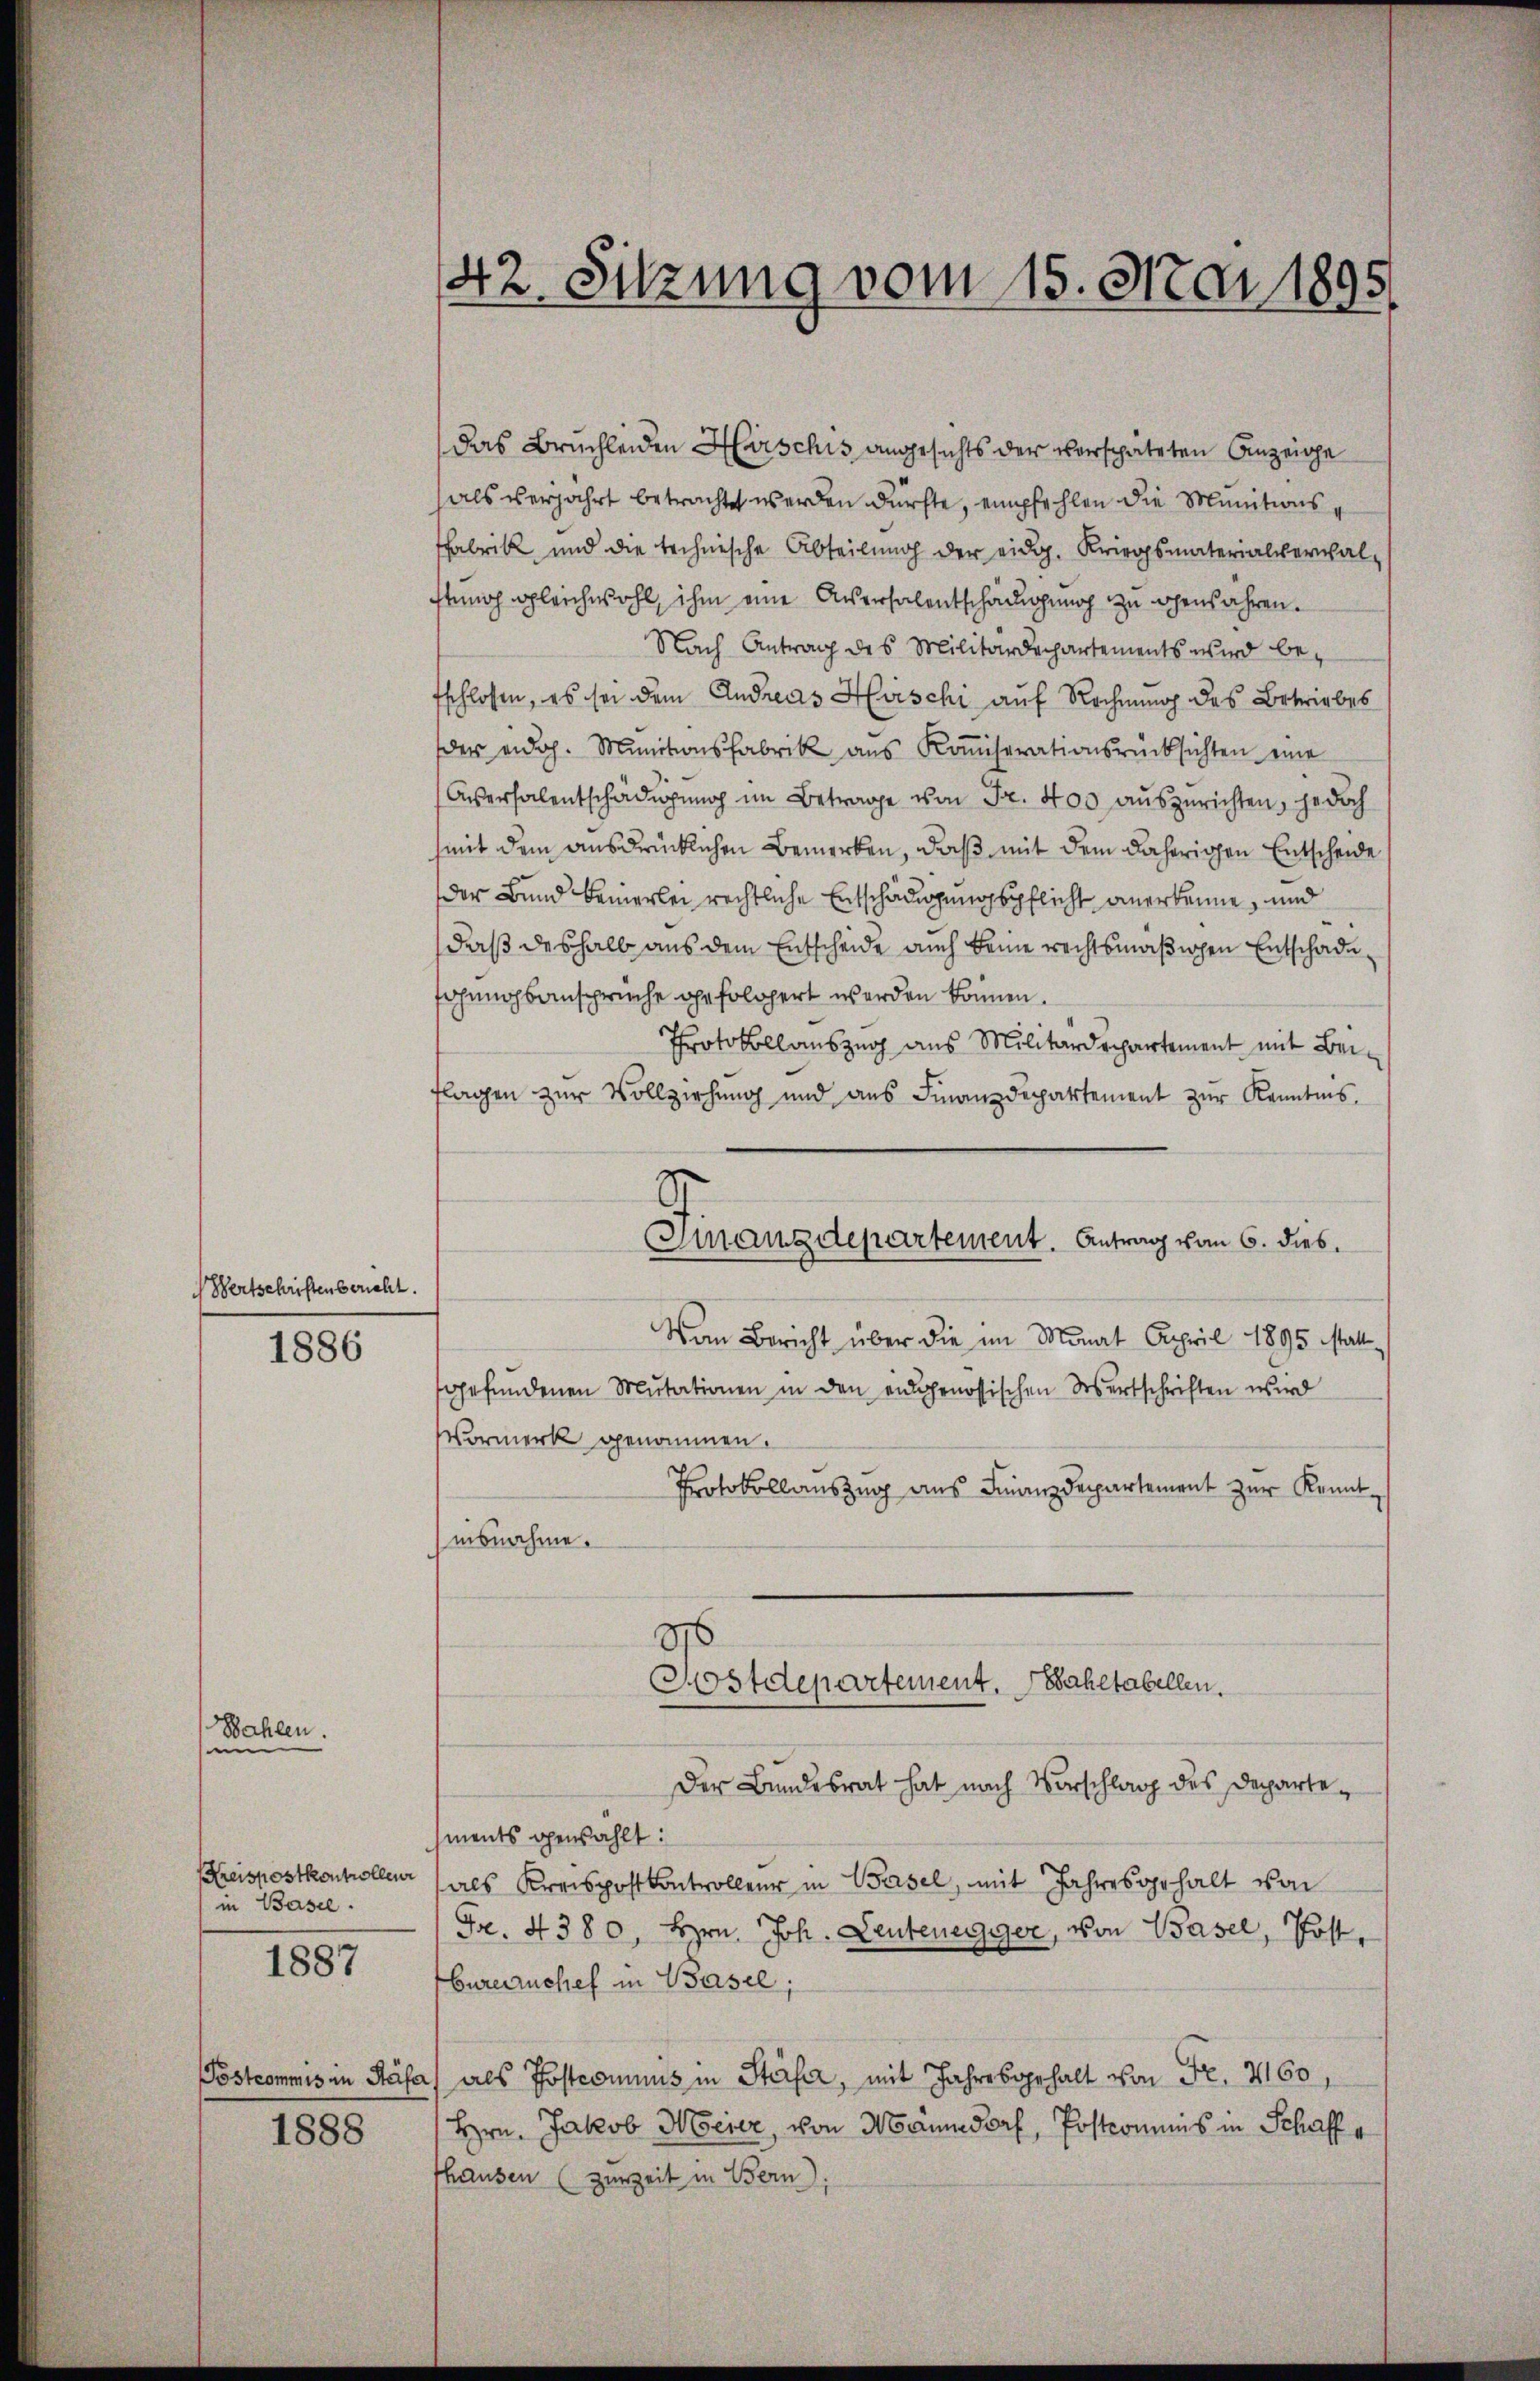
Bertschriftenbericht.

Wahlen.
in

1886

in Basel.

1887

1888

42. Sitzung vom 15. Mai 1895

das Bruchleiden Hirschis angesichts der verspäteten Anzeige
als verjahrt betrachtet werden dürfte, empfehlen die Munitionsfabrik, und die technische Abteilung der eidg. Kriegsmaterialverwal-
stnoch gleichwohl, ihm eine Ausersalentschädigung zu genähren.
Nach Antrag des Militärdepartements wird betschlossen, es sei dem Andreas Hirschi auf Rechnung des Betriebes
der eidg. Munitionsfabrik ans Koṁiserationsrücksichten eine
Aversalentschädigung im Betrage von Fr. 400 auszurichten, jedoch
(mit dem ausdrücklichen Bemerken, daß mit dem daherigen Entscheide
der Bund bemerlei rechtliche Entschädigungspflicht anerkenne, und
daß deshalb aus dem Entscheide auch keine rechtsmäßigen Entschade,
fahungsansprüche gefolgert werden können.
Protokollauszug aus Militärdepartement mit Beiflagen zur Vollziehung und aus Finanzdepartement zŭr Kenntnis.
Gnanzdepartement. Antrag vom 6. dies
Von Bericht über die im Monat April 1895 Matt
gefundenen Mutationen in den eidgenössischen Wertschriften wird
Vormerk genommen.
Protokollauszug aus Finanzdepartement zur Kenntuisnahme.

1

Ostdepartement. Paketabellen.

Der Bundesrat hat nach Vorschlag des Departements gewählt:
Kreispostkontrollen (als Kreispostkontroller in Basel, mit Jahresgehalt von
Fr. 4380, Hrn. Joh. Leutenegger, von Basel, Post,
bureauches in Basel,
Postcommis in Stäfa) als Postcommis in Steifer, mit Jahresgehalt von Fr. 2160,
Hrn. Jakob Meier, von Männedorf, Postcommis in Schaff g
hausen (zurZeit in Bern,